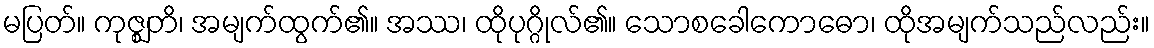
မပြတ်။ ကုဇ္ဈတိ၊ အမျက်ထွက်၏။ အဿ၊ ထိုပုဂ္ဂိုလ်၏။ သောစခေါကောဓော၊ ထိုအမျက်သည်လည်း။